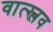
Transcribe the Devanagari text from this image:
वात्स्लव